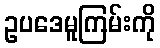
ဥပဒေမူကြမ်းကို